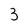
Character: 3